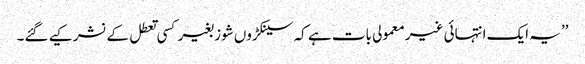
’’یہ ایک انتہائی غیر معمولی بات ہے کہ سینکڑوں شوز بغیر کسی تعطل کے نشر کیے گئے۔